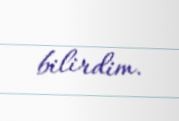
bilirdim.